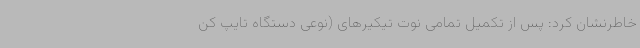
خاطرنشان کرد: پس از تکمیل تمامی نوت تیکیرهای (نوعی دستگاه تایپ کن